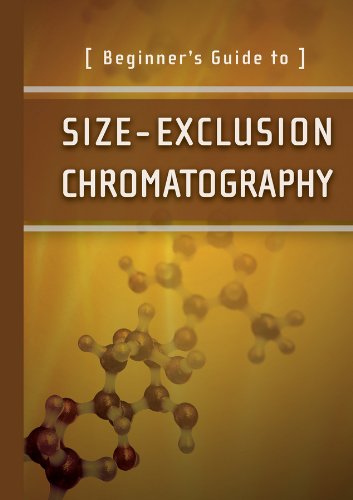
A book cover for Beginner's Guide to Size-Exclusion Chromatography (Waters Series); Waters Corporation; Science & Math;